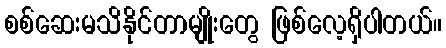
စစ်ဆေးမသိနိုင်တာမျိုးတွေ ဖြစ်လေ့ရှိပါတယ်။